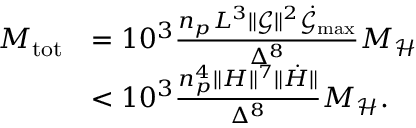
\begin{array} { r l } { M _ { \mathrm { t o t } } } & { = 1 0 ^ { 3 } \frac { n _ { p } L ^ { 3 } \lVert \boldsymbol { \mathcal { G } } \rVert ^ { 2 } \dot { \mathcal { G } } _ { \mathrm { m a x } } } { \Delta ^ { 8 } } M _ { \mathcal { H } } } \\ & { < 1 0 ^ { 3 } \frac { n _ { p } ^ { 4 } \lVert H \rVert ^ { 7 } \lVert \dot { H } \rVert } { \Delta ^ { 8 } } M _ { \mathcal { H } } . } \end{array}